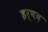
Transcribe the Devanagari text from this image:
इर्षद